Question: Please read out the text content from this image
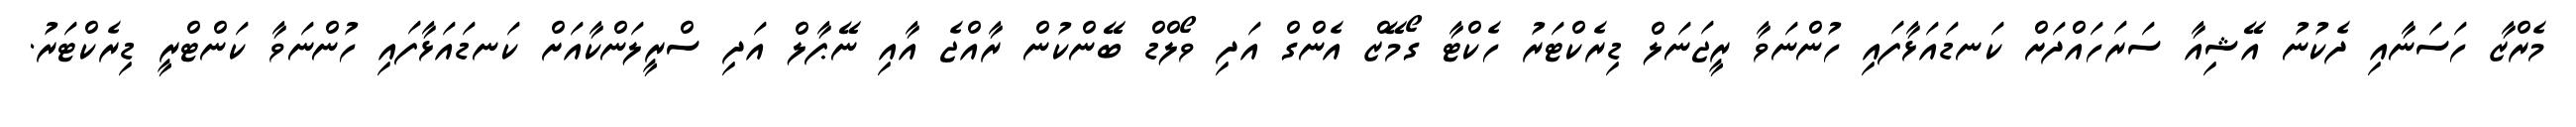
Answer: މެރްޒާ ހަސަނާއި ދެކުނު އޭޝިއާ ސަރަހައްދަށް ކަނޑައަޅާފައި ހުންނަވާ ރީޖަނަލް ޑިރެކްޓަރު ހެކްޓާ ގޯމޭޒް އެންގް އަދި ވޯލްޑް ބޭންކުން ރާއްޖެ އާއި ނޭޕާލް އަދި ސްރީލަންކާއަށް ކަނޑައަޅާފައި ހުންނަވާ ކަންޓްރީ ޑިރެކްޓަރު.